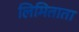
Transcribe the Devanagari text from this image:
लिमिताता